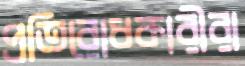
প্রতিরোধকারীরা